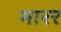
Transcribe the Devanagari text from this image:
मारर